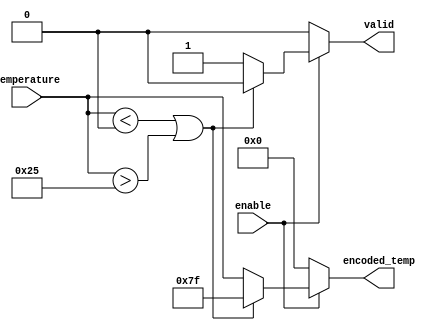
module thermal_encoder (
    input wire [6:0] temperature, // 7-bit input representing temperature in the range of 0 to 165
    input wire enable,             // Enable signal to control the encoder output
    output reg [6:0] encoded_temp, // 7-bit encoded output
    output reg valid               // Output validity signal
);

// Define temperature limits
parameter TEMP_MIN = 7'd0;      // Corresponds to -40C
parameter TEMP_MAX = 7'd165;     // Corresponds to 125C
parameter ERROR_CODE = 7'b1111111; // Error code for out of range

always @(*) begin
    if (enable) begin
        if (temperature < TEMP_MIN || temperature > TEMP_MAX) begin
            encoded_temp = ERROR_CODE; // Set error code if out of range
            valid = 1'b0;               // Output is invalid
        end else begin
            encoded_temp = temperature; // Direct mapping for valid range
            valid = 1'b1;               // Output is valid
        end
    end else begin
        encoded_temp = 7'b0000000;     // Output zero when disabled
        valid = 1'b0;                  // Output is invalid
    end
end

endmodule